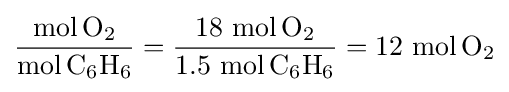
{\frac {\mathrm {mol} \,\mathrm {O} {\vphantom {A}}_{\smash[{t}]{2}}}{\mathrm {mol} \,\mathrm {C} {\vphantom {A}}_{\smash[{t}]{6}}\mathrm {H} {\vphantom {A}}_{\smash[{t}]{6}}}}={\frac {18\ {\mathrm {mol} \,\mathrm {O} {\vphantom {A}}_{\smash[{t}]{2}}}}{1.5\ {\mathrm {mol} \,\mathrm {C} {\vphantom {A}}_{\smash[{t}]{6}}\mathrm {H} {\vphantom {A}}_{\smash[{t}]{6}}}}}=12\ {\mathrm {mol} \,\mathrm {O} {\vphantom {A}}_{\smash[{t}]{2}}}